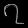
Digit: ၇